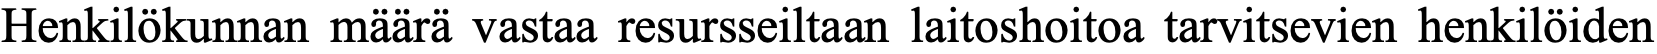
Henkilökunnan määrä vastaa resursseiltaan laitoshoitoa tarvitsevien henkilöiden